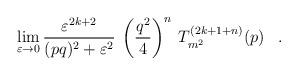
LaTeX: \begin{align*}\lim_{\varepsilon \rightarrow 0} \frac{\varepsilon^{2k+2}}{(pq)^2+\varepsilon^2} \:\left(\frac{q^2}{4} \right)^n \: T_{m^2}^{(2k+1+n)}(p) \;\;\; . \end{align*}